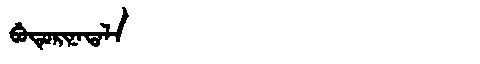
Manchu: ᠪᡠᡨᡠᡵᡳᠨᠠᡨᠠᠯᠠ
Romanization: BUTURINATALA